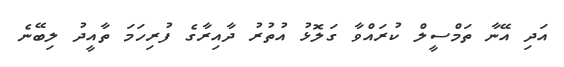
އަދި އޭނާ ތަމްސީލް ކުރައްވާ ގަލޮޅު އުތުރު ދާއިރާގެ ފުރިހަމަ ތާއީދު ލިބޭނެ